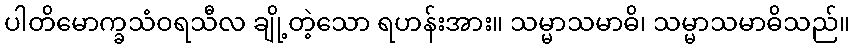
ပါတိမောက္ခသံဝရသီလ ချို့တဲ့သော ရဟန်းအား။ သမ္မာသမာဓိ၊ သမ္မာသမာဓိသည်။